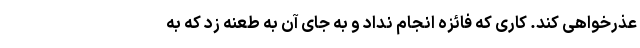
عذرخواهی کند. کاری که فائزه انجام نداد و به جای آن به طعنه زد که به